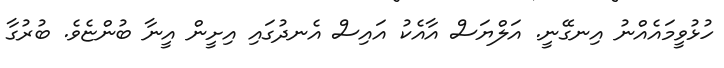
ހުޅުވީމައެއްނު އިނގޭނީ. އަލްޔަސް އާއެކު އައިސް އެނދުގައި އިށީން އީނާ ބުންޏެވެ. ބުރުގާ